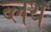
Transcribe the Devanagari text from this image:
ब्लथ